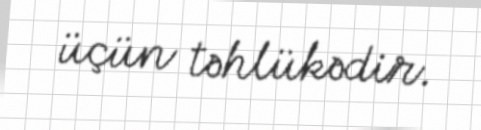
üçün təhlükədir.